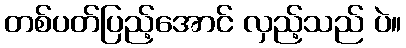
တစ်ပတ်ပြည့်အောင် လှည့်သည် ပဲ။